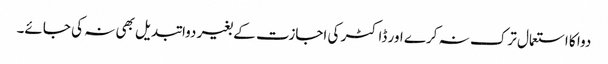
دوا کا استعمال ترک نہ کرے اور ڈاکٹر کی اجازت کے بغیر دوا تبدیل بھی نہ کی جائے۔